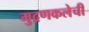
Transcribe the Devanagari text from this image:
मुद्रणकलेची